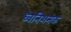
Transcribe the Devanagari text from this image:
ध्वनिशमक